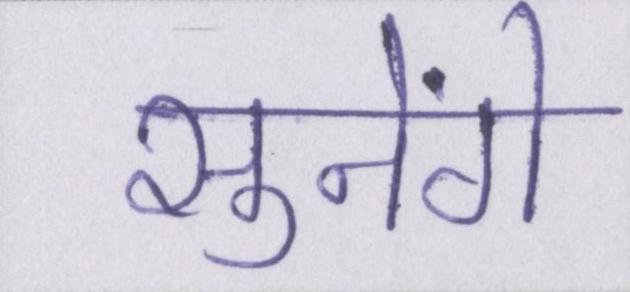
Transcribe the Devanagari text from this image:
सुनेंगे